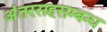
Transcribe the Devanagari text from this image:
अंतरसहसम्बन्ध